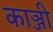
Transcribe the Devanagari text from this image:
काञ्जी